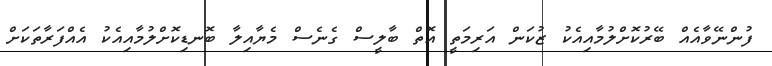
ފުންނޭވާއެއް ބޭރުކޮށްލުމާއިއެކު ޒުކަން އަރިމަތީ އޮތް ބާލީސް ގެނެސް މެޔާއިލާ ބޮނޑިކޮށްލުމާއިއެކު އެއްފަރާތަކަށް